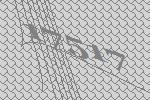
17517